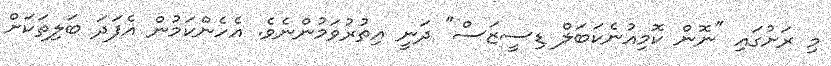
މި ރަށުގައި "ނޮން ކޮމިއުނެކަބަލް ޑިސީޒަސް" ދަނީ އިތުރުވަމުންނެވެ. އެހެންކަމުން އެފަދަ ބަލިތަކަށް